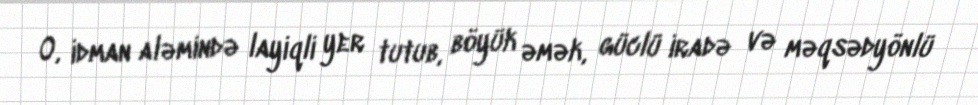
O, idman aləmində layiqli yer tutub, böyük əmək, güclü iradə və məqsədyönlü